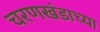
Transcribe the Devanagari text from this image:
चरणखंडाच्या